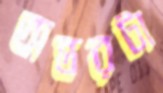
অন্তরটা